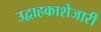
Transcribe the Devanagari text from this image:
उद्वाहकाशेजारी